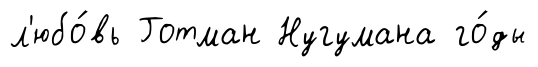
л'юбо́вь Готман Нугумана го́ды